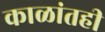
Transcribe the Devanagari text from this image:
काळांतही